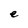
Character: e